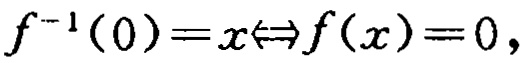
\(f^{-1}(0)=x\Leftrightarrow f(x)=0,\)